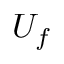
U _ { f }